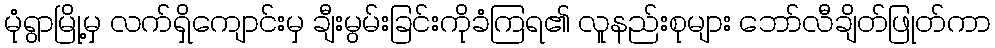
မုံရွာမြို့မှ လက်ရှိကျောင်းမှ ချီးမွမ်းခြင်းကိုခံကြရ၏ လူနည်းစုများ ဘော်လီချိတ်ဖြုတ်ကာ